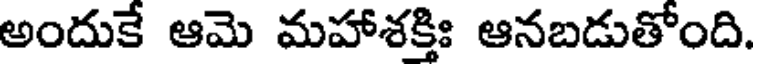
అందుకే ఆమె మహాశక్తిః ఆనబడుతోంది.